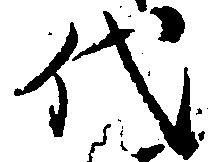
代